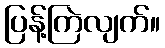
ပြန့်ကြဲလျက်။